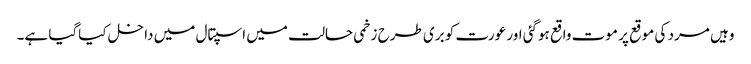
وہیں مرد کی موقع پر موت واقع ہوگئی اور عورت کو بری طرح زخمی حالت میں اسپتال میں داخل کیاگیا ہے۔